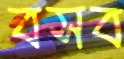
বসব